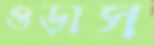
ওড়াস